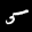
Label: 5